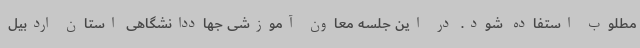
مطلوب استفاده شود. در این جلسه معاون آموزشی جهاددانشگاهی استان اردبیل